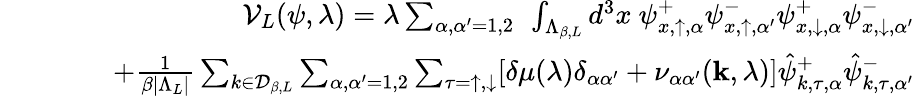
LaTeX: \begin{array}{rlr}&{}&{{\cal V}_{L}(\psi,\lambda)=\lambda\sum_{\alpha,\alpha^{\prime}=1,2}\ \int_{\Lambda_{\beta,L}}d^{3}x\ \psi_{x,\uparrow,\alpha}^{+}\psi_{x,\uparrow,\alpha^{\prime}}^{-}\psi_{x,\downarrow,\alpha}^{+}\psi_{x,\downarrow,\alpha^{\prime}}^{-}}\\ &{}&{\quad\quad+\frac{1}{\beta|\Lambda_{L}|}\sum_{k\in{\cal D}_{\beta,L}}\sum_{\alpha,\alpha^{\prime}=1,2}\sum_{\tau=\uparrow,\downarrow}[\delta\mu(\lambda)\delta_{\alpha\alpha^{\prime}}+\nu_{\alpha\alpha^{\prime}}({\mathbf k},\lambda)]\hat{\psi}_{k,\tau,\alpha}^{+}\hat{\psi}_{k,\tau,\alpha^{\prime}}^{-}}\end{array}